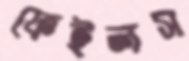
ফেইলস